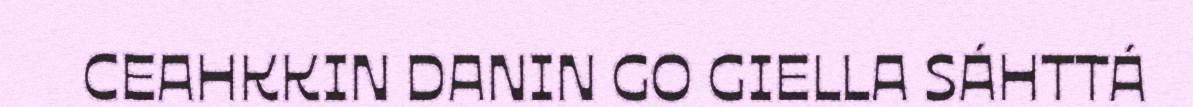
CEAHKKIN DANIN GO GIELLA SÁHTTÁ